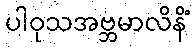
ပါဝုသအဗ္ဘမာလိနိံ